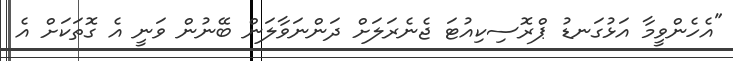
"އެހެންވީމާ އަޅުގަނޑު ޕްރޮސިކިއުޓަ ޖެނެރަލަށް ދަންނަވާލަން ބޭނުން ވަނީ އެ ގޮތަކަށް އެ